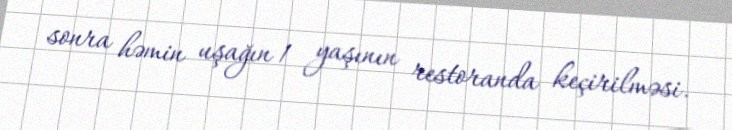
sonra həmin uşağın 1 yaşının restoranda keçirilməsi.